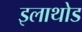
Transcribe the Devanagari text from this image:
इलाथोड